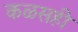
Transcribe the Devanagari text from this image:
कळसही